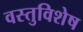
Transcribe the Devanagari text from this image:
वस्तुविशेष